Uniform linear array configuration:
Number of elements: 48
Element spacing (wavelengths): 0.25
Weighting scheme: hamming
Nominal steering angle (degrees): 45
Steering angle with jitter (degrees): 43.635
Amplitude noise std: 0.05
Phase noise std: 0.05

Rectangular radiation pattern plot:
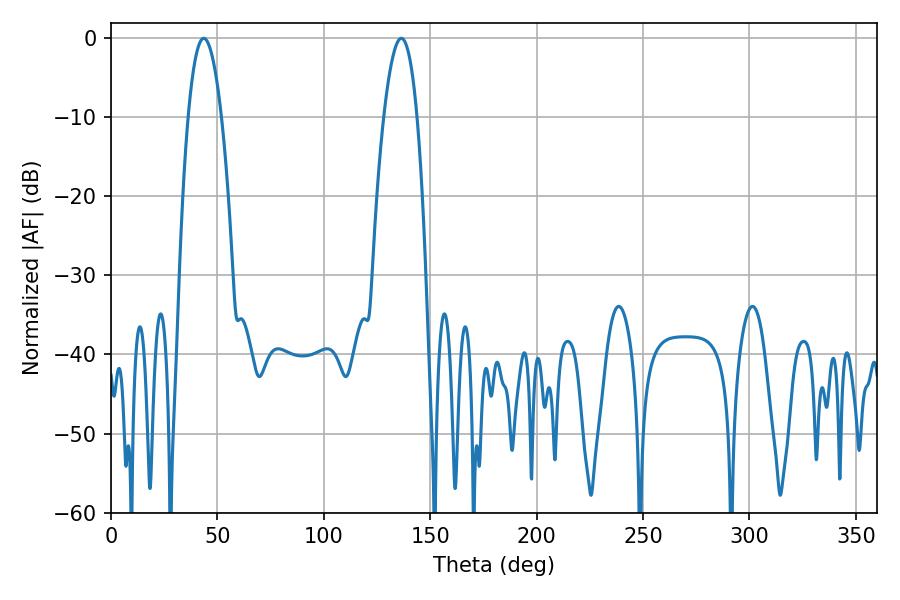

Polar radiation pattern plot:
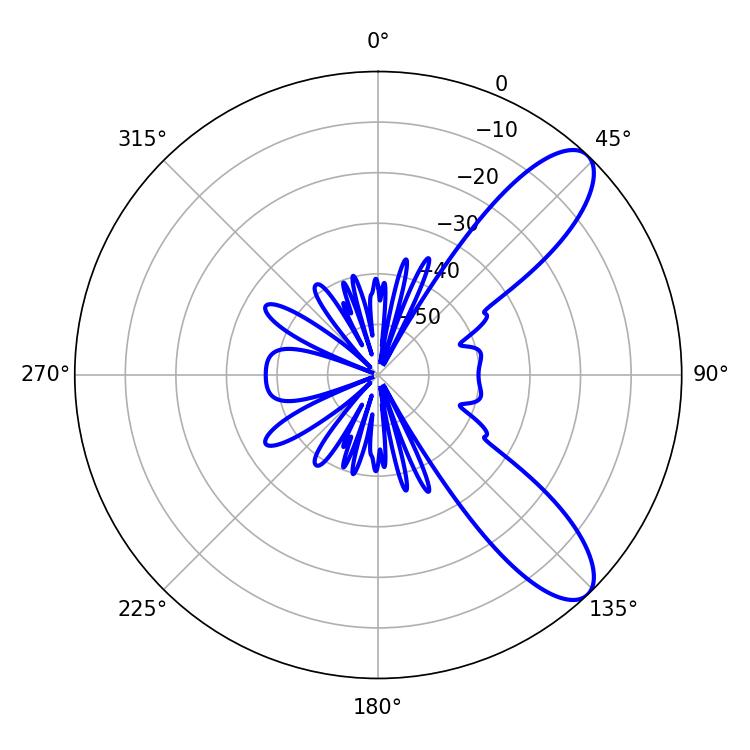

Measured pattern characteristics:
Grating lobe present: FALSE
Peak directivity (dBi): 9.517
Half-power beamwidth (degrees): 8.64
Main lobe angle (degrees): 43.56